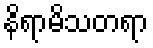
နိရာမိသတရာ